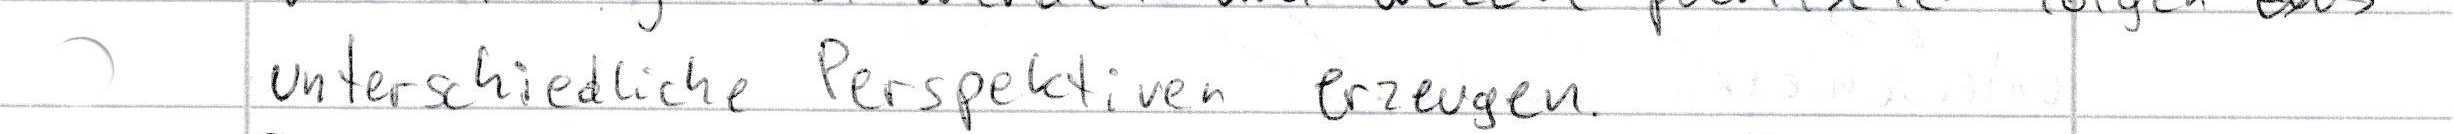
unterschiedliche Perspektiven erzeugen.